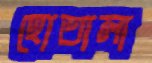
হোতালা